Report of veterinary surgeon J.H. Steel, A.V.D., on his investigation into an obscure and fatal disease among transport mules in British Burma
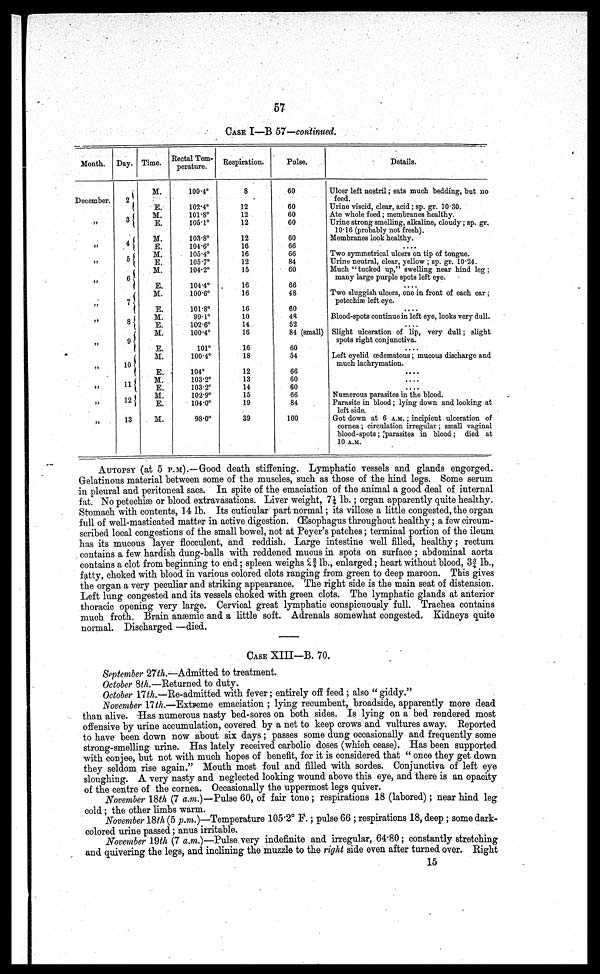
57
CASE I—B 57—continued.
Month.
December.
„
„
„
„
„
„
„
„
„
„
„
Day.
2
3
4
5
6
7
8
9
10
11
12
13
Time.
M.
E.
M.
E.
M.
E.
M.
E.
M.
E.
M.
E.
M.
E.
M.
E.
M.
E.
M.
E.
M.
E.
M.
Rectal Tem-
perature.
100.4°
102.4°
101.8°
105.1°
103.8°
104.6°
105.4°
105.7°
104.2°
104.4°
100.6°
101.8°
99.1°
102.6°
100.4°
101°
100.4°
104°
103.2°
103.2°
102.9°
104.0°
980°
Respiration.
8
12
12
12
12
16
16
12
15
16
16
16
10
14
16
16
18
12
13
14
15
19
39
Pulse.
60
60
60
60
60
66
66
84
60
66
48
60
48
52
84 (small)
60
54
66
60
60
66
84
100
Details.
Ulcer left nostril; eats much bedding, but no
feed.
Urine viscid, clear, acid; sp. gr. 10.30.
Ate whole feed; membranes healthy.
Urine strong smelling, alkaline, cloudy; sp. gr.
10.16 (probably not fresh).
Membranes look healthy.
Two symmetrical ulcers on tip of tongue.
Urine neutral, clear, yellow ; sp. gr. 10.24.
Much "tucked up," swelling near hind leg;
many large purple spots left eye.
....
Two sluggish ulcers, one in front of each ear ;
petechiae left eye.
....
Blood-spots continue in left eye, looks very dull.
Slight ulceration of lip, very dull; slight
spots right conjunctiva.
Left eyelid oedematous; mucous discharge and
much lachrymation.
....
Numerous parasites in the blood.
Parasite in blood; lying down and looking at
left side.
Got down at 6 A.M. ; incipient ulceration of
cornea; circulation irregular; small vaginal
blood-spots; [parasites in blood; died at
10 A.M.
AUTOPSY (at 5 P.M).––(rood death stiffening. Lymphatic vessels and glands engorged.
Gelatinous material between some of the muscles, such as those of the hind legs. Some serum
in pleural and peritoneal sacs. In spite of the emaciation of the animal a good deal of internal
fat. No petechiae or blood extravasations. Liver weight, 7 1/4 lb.; organ apparently quite healthy.
Stomach with contents, 14 lb. Its cuticular part normal; its villose a little congested, the organ
full of well-masticated matter in active digestion. (Esophagus throughout healthy; a few circum-
scribed local congestions of the small bowel, not at Peyer's patches; terminal portion of the ileum
has its mucous layer flocculent, and reddish. Large intestine well filled, healthy; rectum
contains a few hardish dung-balls with reddened mucus in spots on surface ; abdominal aorta
contains a clot from beginning to end; spleen weighs 2 3/4 lb., enlarged; heart without blood, 33/4 lb.,
fatty, choked with blood in various colored clots ranging from green to deep maroon. This gives
the organ a very peculiar and striking appearance. The right side is the main seat of distension.
Left lung congested and its vessels choked with green clots. The lymphatic glands at anterior
thoracic opening very large. Cervical great lymphatic conspicuously full. Trachea contains
much froth. Brain anaemic and a little soft. Adrenals somewhat congested. Kidneys quite
normal. Discharged —died.
CASE XIII—B. 70.
September 27th.—Admitted to treatment.
October 8th.—Eeturned to duty.
October 17th.—Re-admitted with fever; entirely off feed ; also " giddy."
November 17th.—Extreme emaciation ; lying recumbent, broadside, apparently more dead
than alive. -Has numerous nasty bed-sores on both sides. Is lying on a bed rendered most
offensive by urine accumulation, covered by a net to keep crows and vultures away. Reported
to have been down now about six days; passes some dung occasionally and frequently some
strong-smelling urine. Has lately received carbolic doses (which cease). Has been supported
with conjee, but not with much hopes of benefit, for it is considered that " once they get down
they seldom rise again." Mouth most foul and filled with sordes. Conjunctiva of left eye
sloughing. A very nasty and neglected looking wound above this eye, and there is an opacity
of the centre of the cornea. Occasionally the uppermost legs quiver.
November 18th (7 a.m.)—Pulse 60, of fair tone ; respirations 18 (labored); near hind leg
cold; the other limbs warm.
November 18th (5 p.m.)—Temperature 105.2° F.; pulse 66 ; respirations 18, deep ; some dark-
colored urine passed; anus irritable.
November 19th (7 a.m.)—Pulse very indefinite and irregular, 64.80 ; constantly stretching
and quivering the legs, and inclining the muzzle to the right side even after turned over. Right
15